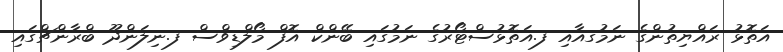
އަތޮޅު ރައްޔިތުންގެ ނަމުގއާއި ފ.އަތޮޅުސްޓޯރުގެ ނަމުގައި ބޭންކް އޮފް މޯލްޑިވްސް ފ.ނިލަންދޫ ބްރާންޗްގައި